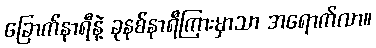
ခြောက်နာရီနဲ့ ခုနစ်နာရီကြားမှာသာ အရောက်လာ။